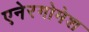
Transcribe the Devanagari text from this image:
एनेरगोमेश